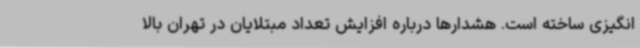
انگیزی ساخته است. هشدارها درباره افزایش تعداد مبتلایان در تهران بالا